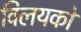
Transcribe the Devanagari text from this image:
विलयकों